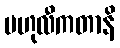
ဗဟုလီကတာနိ